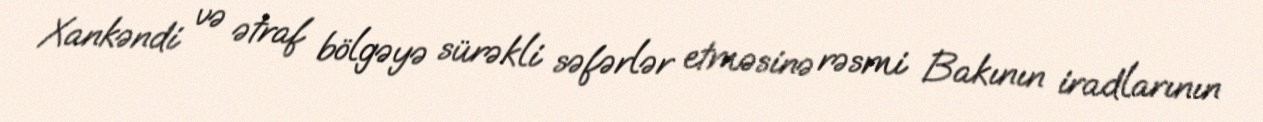
Xankəndi və ətraf bölgəyə sürəkli səfərlər etməsinə rəsmi Bakının iradlarının